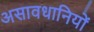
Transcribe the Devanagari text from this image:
असावधानियों